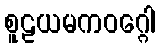
စူဠယမကဝဂ္ဂေါ